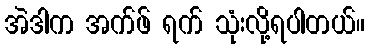
အဲဒါက အက်ဖ် ရက် သုံးလို့ရပါတယ်။